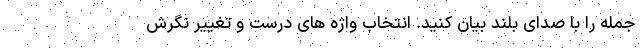
جمله را با صدای بلند بیان کنید. انتخاب واژه های درست و تغییر نگرش